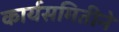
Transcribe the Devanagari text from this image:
कार्यसमितीने